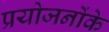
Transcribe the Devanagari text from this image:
प्रयोजनोंके